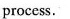
process.